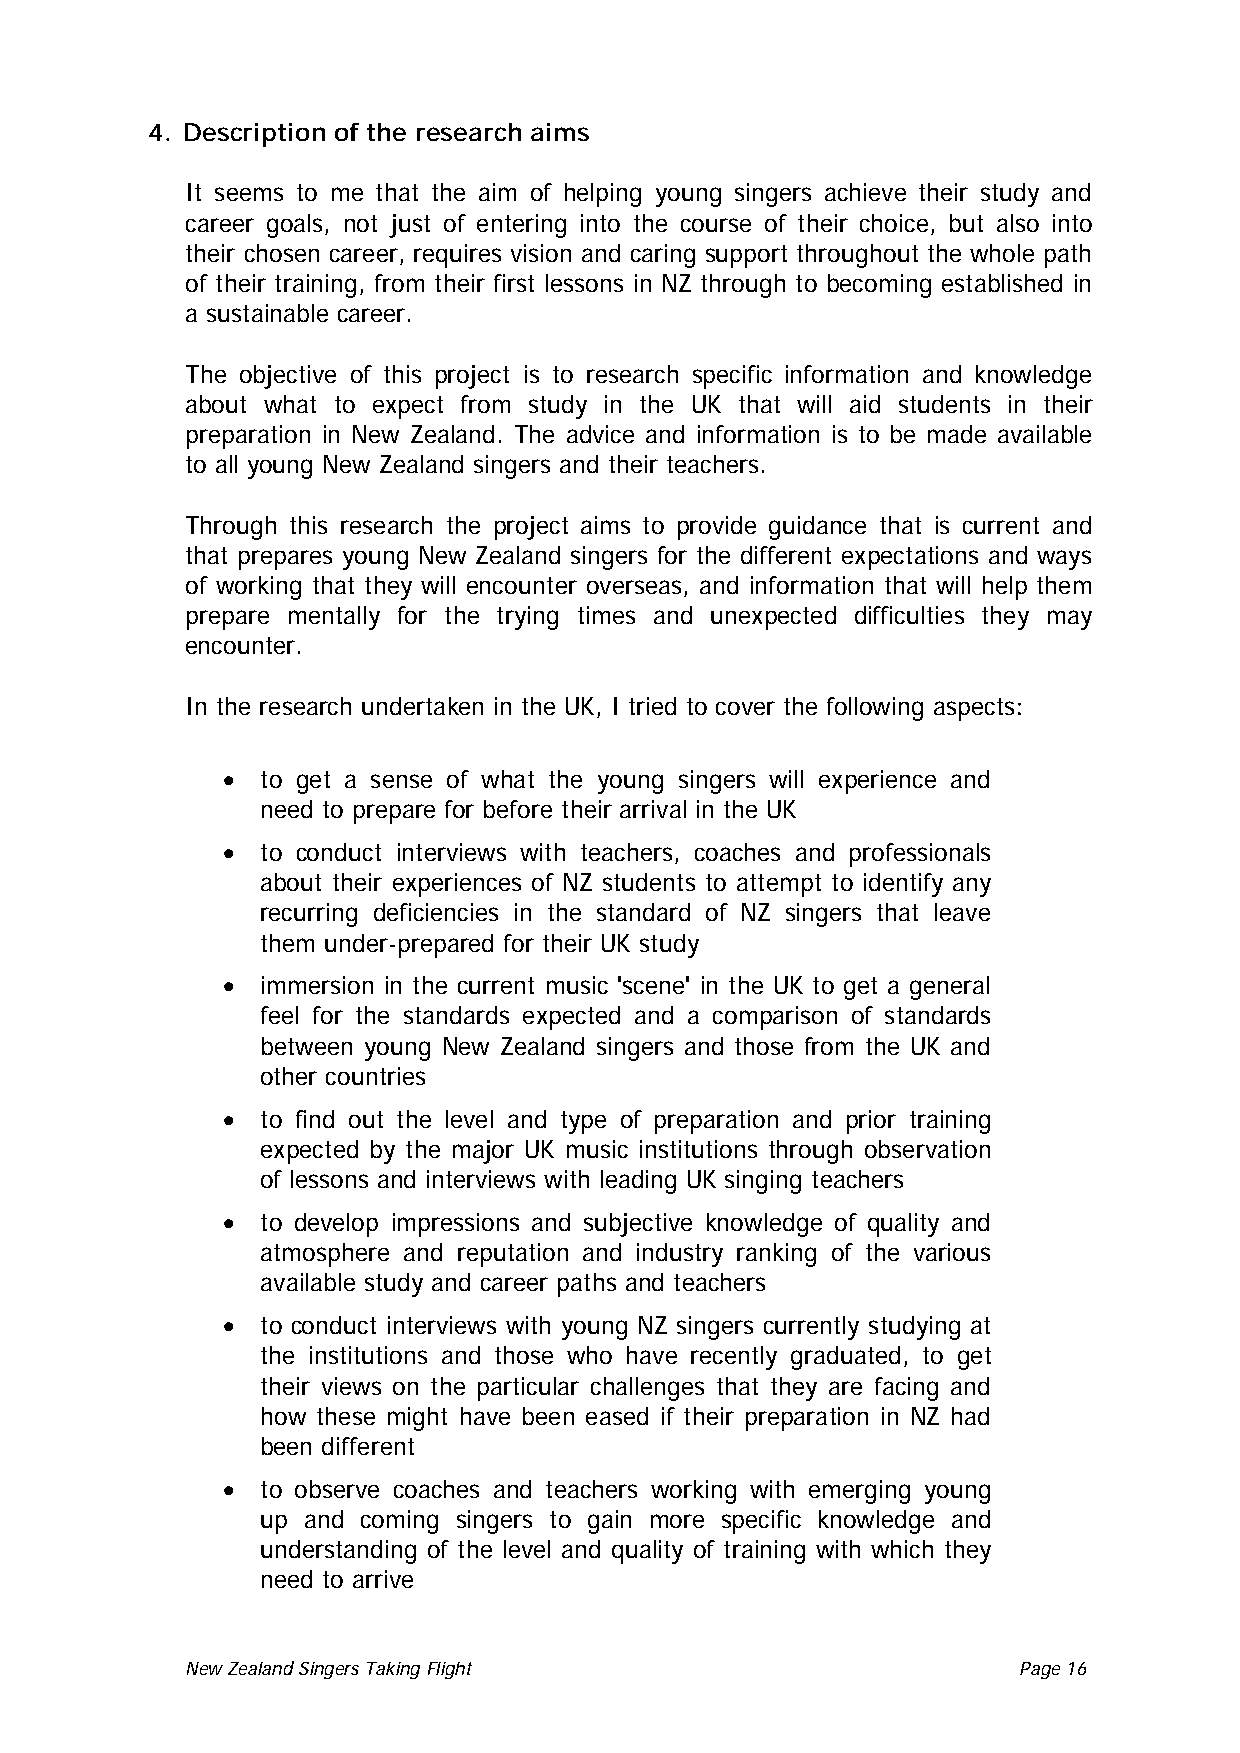
4. Description of the research aims
 It seems to me that the aim of helping young singers achieve their study and
 career goals, not just of entering into the course of their choice, but also into
 their chosen career, requires vision and caring support throughout the whole path
 of their training, from their first lessons in NZ through to becoming established in
 a sustainable career.
 The objective of this project is to research specific information and knowledge
 about what to expect from study in the UK that will aid students in their
 preparation in New Zealand. The advice and information is to be made available
 to all young New Zealand singers and their teachers.
 Through this research the project aims to provide guidance that is current and
 that prepares young New Zealand singers for the different expectations and ways
 of working that they will encounter overseas, and information that will help them
 prepare mentally for the trying times and unexpected difficulties they may
 encounter.
 In the research undertaken in the UK, I tried to cover the following aspects:
 • to get a sense of what the young singers will experience and
 need to prepare for before their arrival in the UK
 • to conduct interviews with teachers, coaches and professionals
 about their experiences of NZ students to attempt to identify any
 recurring deficiencies in the standard of NZ singers that leave
 them under-prepared for their UK study
 • immersion in the current music 'scene' in the UK to get a general
 feel for the standards expected and a comparison of standards
 between young New Zealand singers and those from the UK and
 other countries
 • to find out the level and type of preparation and prior training
 expected by the major UK music institutions through observation
 of lessons and interviews with leading UK singing teachers
 • to develop impressions and subjective knowledge of quality and
 atmosphere and reputation and industry ranking of the various
 available study and career paths and teachers
 • to conduct interviews with young NZ singers currently studying at
 the institutions and those who have recently graduated, to get
 their views on the particular challenges that they are facing and
 how these might have been eased if their preparation in NZ had
 been different
 • to observe coaches and teachers working with emerging young
 up and coming singers to gain more specific knowledge and
 understanding of the level and quality of training with which they
 need to arrive
 New Zealand Singers Taking Flight Page 16